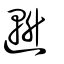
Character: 𨖲